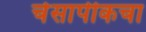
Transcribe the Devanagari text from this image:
चेसापीकचा